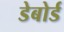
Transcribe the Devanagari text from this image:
डेबोर्ड